Vaccination in Bombay 1874-1876 - 1874-1876
Year: 1874
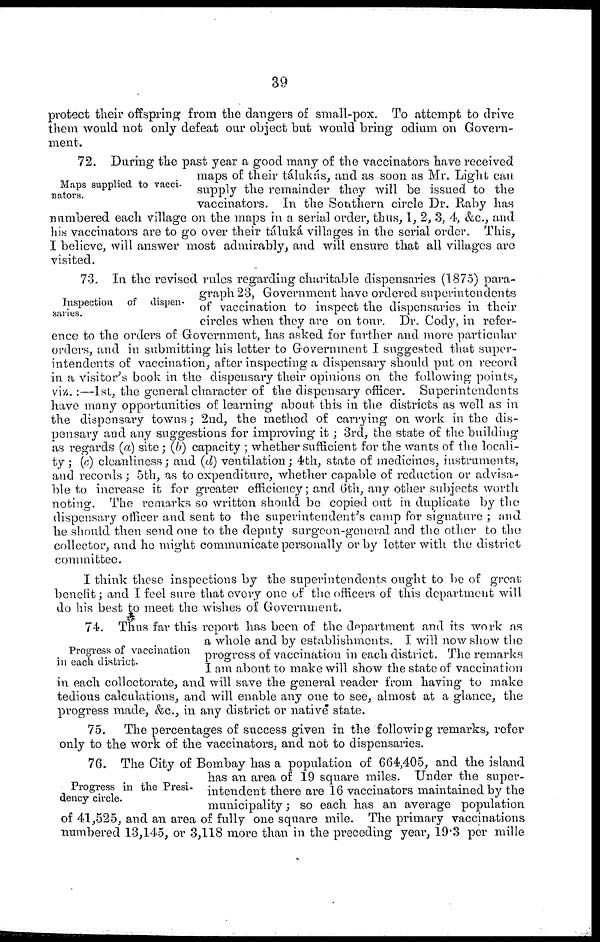
39
protect their offspring from the dangers of small-pox. To attempt to drive
them would not only defeat our object but would bring odium on Govern-
ment.
Maps supplied to vacci-
nators.
72. During the past year a good many of the vaccinators have received
maps of their tálukás, and as soon as Mr. Light can
supply the remainder they will be issued to the
vaccinators. In the Southern circle Dr. Raby has
numbered each village on the maps in a serial order, thus, 1, 2, 3, 4, &c., and
his vaccinators are to go over their táluká villages in the serial order. This,
I believe, will answer most admirably, and will ensure that all villages are
visited.
Inspection of dispen-
saries.
73. In the revised rules regarding charitable dispensaries (1875) para-
graph 23, Government have ordered superintendents
of vaccination to inspect the dispensaries in their
circles when they are on tour. Dr. Cody, in refer-
ence to the orders of Government, has asked for further and more particular
orders, and in submitting his letter to Government I suggested that super-
intendents of vaccination, after inspecting a dispensary should put on record
in a visitor's book in the dispensary their opinions on the following points,
viz. :—1st, the general character of the dispensary officer.
Superintendents
have many opportunities of learning about this in the districts as well as in
the dispensary towns; 2nd, the method of carrying on work in the dis-
pensary and any suggestions for improving it ; 3rd, the state of the building
as regards (a) site ; (b) capacity ; whether sufficient for the wants of the locali-
ty ; (c) cleanliness; and (d) ventilation ; 4th, state of medicines, instruments,
and records ; 5th, as to expenditure, whether capable of reduction or advisa-
ble to increase it for greater efficiency; and 6th, any other subjects worth
noting. The remarks so written should be copied out in duplicate by the
dispensary officer and sent to the superintendent's camp for signature ; and
he should then send one to the deputy surgeon-general and the other to the
collector, and he might communicate personally or by letter with the district
committee.
I think these inspections by the superintendents ought to be of great
benefit; and I feel sure that every one of the officers of this department will
do his best to meet the wishes of Government.
Progress of vaccination
in each district.
74. Thus far this report has been of the department and its work as
a whole and by establishments. I will now show the
progress of vaccination in each district. The remarks
I am about to make will show the state of vaccination
in each collectorate, and will save the general reader from having to make
tedious calculations, and will enable any one to see, almost at a glance, the
progress made, &c., in any district or native state.
75.
The percentages of success given in the following remarks, refer
only to the work of the vaccinators, and not to dispensaries.
Progress in the Presi-
dency circle.
76. The City of Bombay has a population of 664,405, and the island
has an area of 19 square miles. Under the super-
intendent there are 16 vaccinators maintained by the
municipality; so each has an average population
of 41,525, and an area of fully one square mile. The primary vaccinations
numbered 13,145, or 3,118 more than in the preceding year, 19.3 per mille